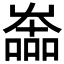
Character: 𡴩